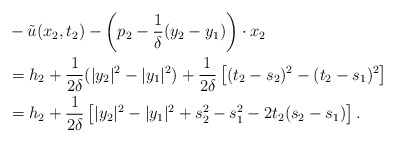
\begin{align*}&-\tilde{u}(x_{2}, t_{2})-\left(p_{2}-\frac{1}{\delta}(y_{2}-y_{1})\right)\cdot x_{2}\\&=h_{2}+\frac{1}{2\delta}(|y_{2}|^{2}-|y_{1}|^{2})+\frac{1}{2\delta}\left[(t_{2}-s_{2})^{2}-(t_{2}-s_{1})^{2}\right]\\&=h_{2}+\frac{1}{2\delta}\left[|y_{2}|^{2}-|y_{1}|^{2}+s_{2}^{2}-s_{1}^{2}-2t_{2}(s_{2}-s_{1})\right].\end{align*}